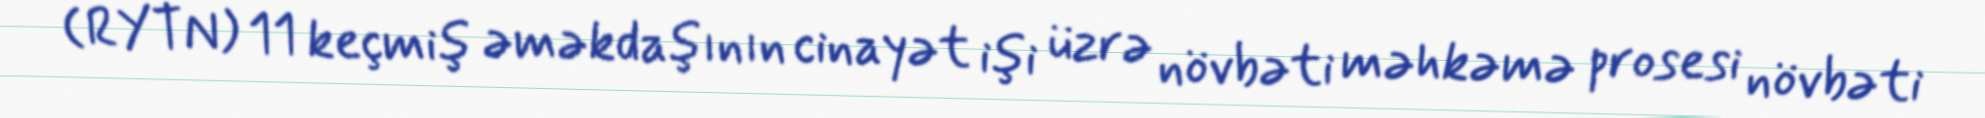
(RYTN) 11 keçmiş əməkdaşının cinayət işi üzrə növbəti məhkəmə prosesi növbəti